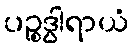
ပဉ္စဒွါရာယံ